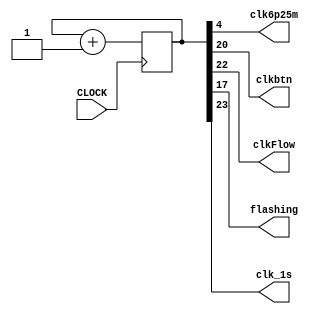
`timescale 1ns / 1ps
//////////////////////////////////////////////////////////////////////////////////
// Company: 
// Engineer: 
// 
// Design Name: 
// Module Name: multiclock
// Project Name: 
// Target Devices: 
// Tool Versions: 
// Description: 
// 
// Dependencies: 
// 
// Revision:
// Revision 0.01 - File Created
// Additional Comments:
// 
//////////////////////////////////////////////////////////////////////////////////


module multiclock(
    input CLOCK,
    output clk6p25m, clkbtn, clkFlow, flashing, clk_1s
    );
    reg [25:0]counter;
    always @(posedge CLOCK) begin
        counter = counter + 1;
    end
    assign clk_1s = counter[23];
    assign flashing = counter[17];
    assign clk6p25m = counter[4];
    assign clkbtn = counter[20];
    assign clkFlow = counter[22];
    
endmodule